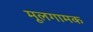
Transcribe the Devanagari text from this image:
मूलगामक